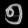
Digit: ၅